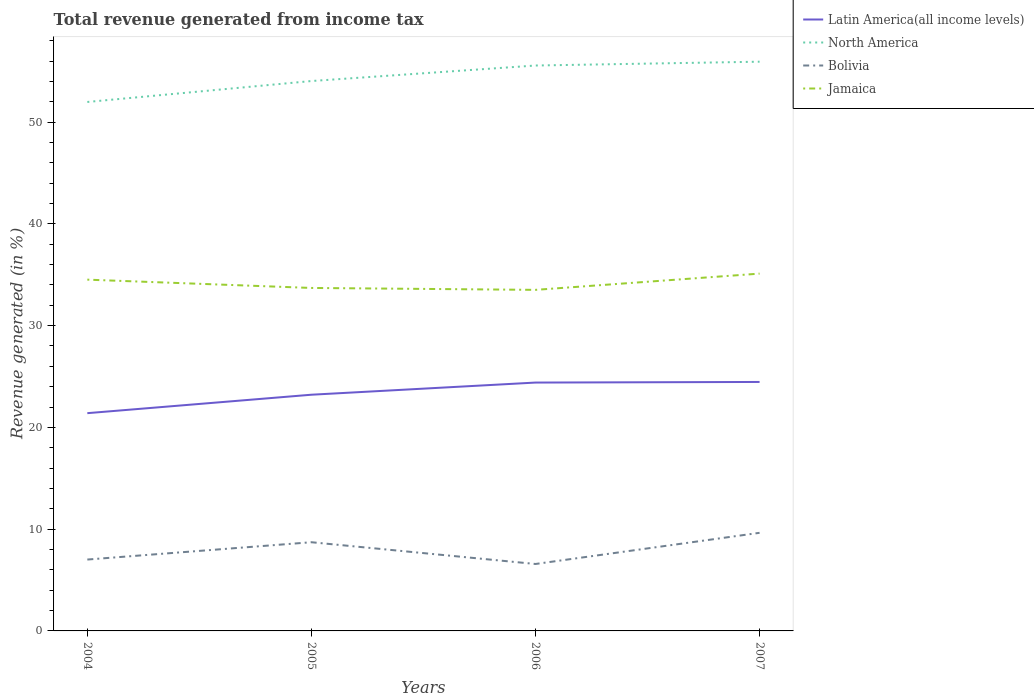
| Years | Latin America(all income levels) | North America | Bolivia | Jamaica |
 | --- | --- | --- | --- | --- |
 | 2004 | 21.4 | 52 | 7.01 | 34.5 |
 | 2005 | 23.2 | 54 | 8.72 | 33.7 |
 | 2006 | 24.4 | 55.6 | 6.58 | 33.5 |
 | 2007 | 24.5 | 55.9 | 9.64 | 35.1 |